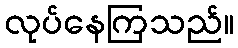
လုပ်နေကြသည်။